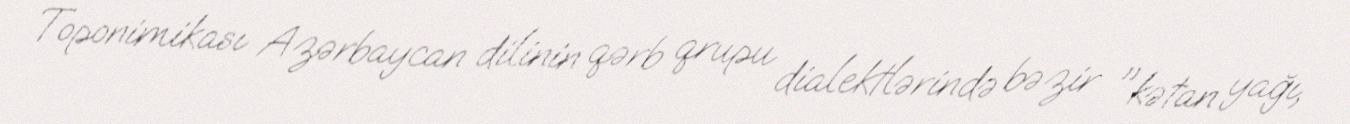
Toponimikası Azərbaycan dilinin qərb qrupu dialektlərində bəzir "kətan yağı,